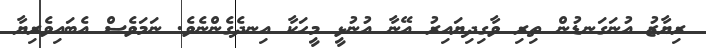
ރިޔާޒު އުނަގަނޑުން ތިރި ވާގިދިޔައިރު އޭނާ އުނުޅީ މީހަކާ އިނދެގެންނެވެ. ނަމަވެސް އެބައިވެރިޔާ